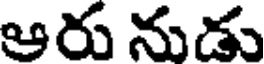
ఆరు నుడు